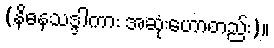
(နိဓနသဒ္ဒါကား အဆုံးဟောတည်း)။